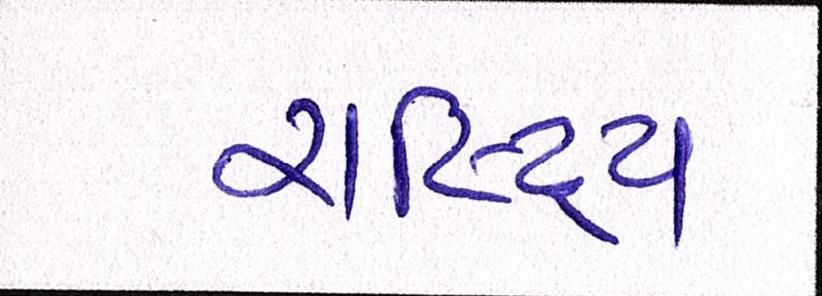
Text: રાષ્ટ્રિય